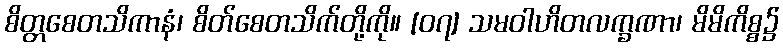
စိတ္တစေတသိကာနံ၊ စိတ်စေတသိက်တို့ကို။ [၀၇] သမဝါဟိတလက္ခဏာ၊ မိမိကိစ္စ၌